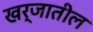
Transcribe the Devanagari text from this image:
खर्जातील